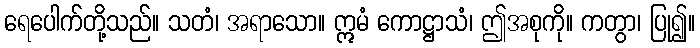
ရေပေါက်တို့သည်။ သတံ၊ အရာသော။ ဣမံ ကောဋ္ဌာသံ၊ ဤအစုကို။ ကတွာ၊ ပြု၍။